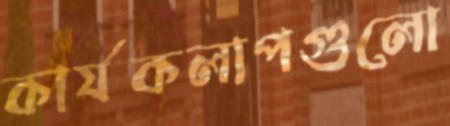
কার্যকলাপগুলো